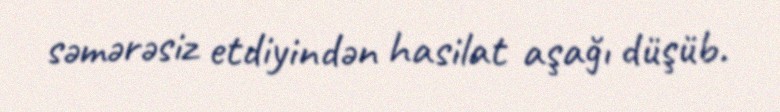
səmərəsiz etdiyindən hasilat aşağı düşüb.